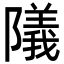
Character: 䧧